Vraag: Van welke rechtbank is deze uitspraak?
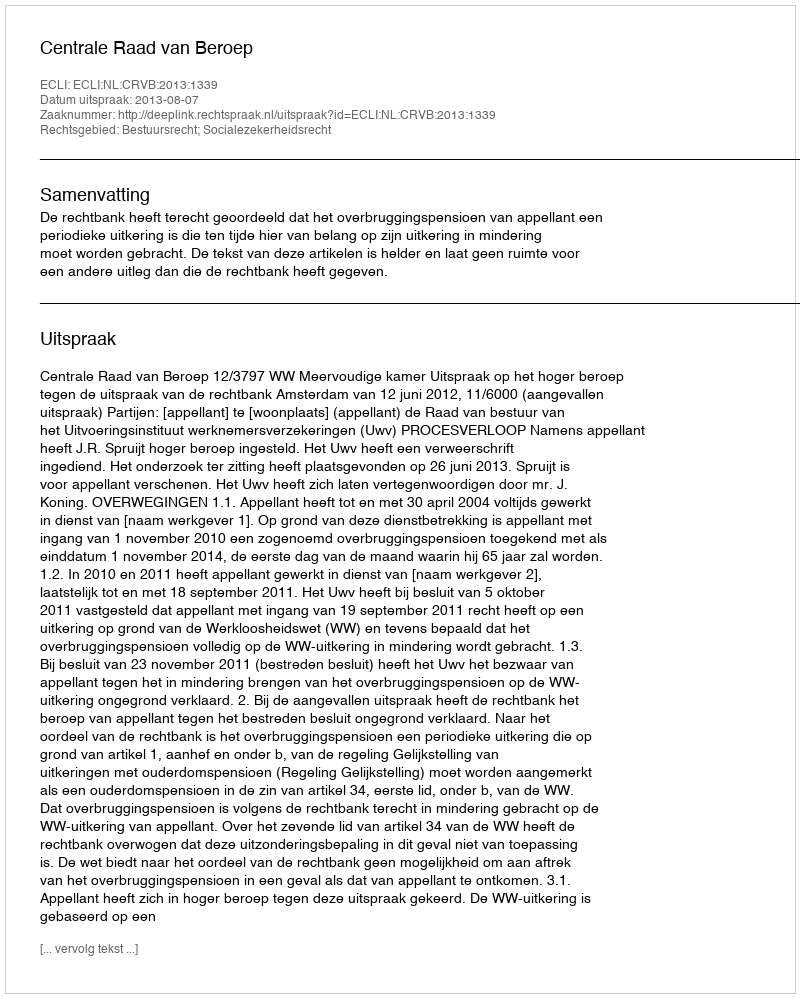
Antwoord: Centrale Raad van Beroep